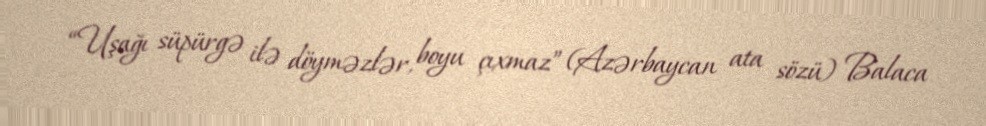
“Uşağı süpürgə ilə döyməzlər, boyu çıxmaz” (Azərbaycan ata sözü) Balaca